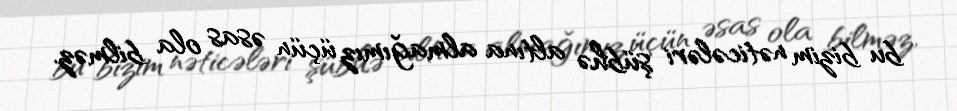
bu bizim nəticələri şübhə altına almağımız üçün əsas ola bilməz.